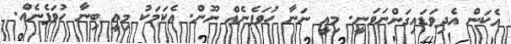
އެކަން އެދިވަޑައިގަންނަވަނީ. މިއީ ނަނާ ހުވަފެނެއް ނޫން. އެކަމަކު މިއީ ބިނާ ހުވަފެނެއް.